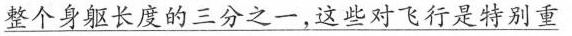
整个身躯长度的三分之一，这些对飞行是特别重